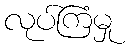
လုပ်ကြံမှု